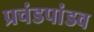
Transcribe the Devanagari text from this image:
प्रचंडपांडव